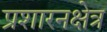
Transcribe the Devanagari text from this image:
प्रशारनक्षेत्र